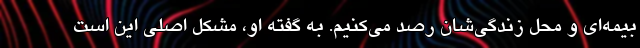
بیمه‌ای و محل زندگی‌شان رصد می‌کنیم. به گفته او، مشکل اصلی این است